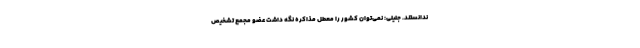
ندانستند. جلیلی: نمی‌توان کشور را معطل مذاکره نگه داشت عضو مجمع تشخیص